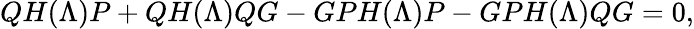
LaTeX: QH(\Lambda)P+QH(\Lambda)QG-GPH(\Lambda)P-GPH(\Lambda)QG=0,